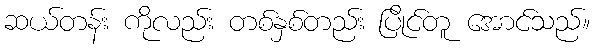
ဆယ်တန်း ကိုလည်း တစ်နှစ်တည်း ပြိုင်တူ အောင်သည်။